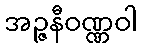
အဉ္ဇနီဝဏ္ဏဝါ